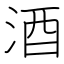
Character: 酒